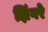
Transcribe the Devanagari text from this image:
झिंगरे